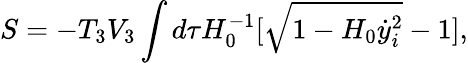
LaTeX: S=-T_{3}V_{3}\int d\tau H_{0}^{-1}[\sqrt{1-H_{0}\dot{y}_{i}^{2}}-1],